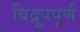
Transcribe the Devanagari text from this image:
विद्रूपपूर्ण